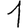
Digit: 1